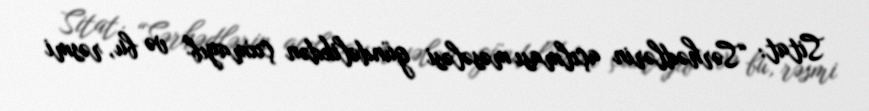
Sitat: “Sərhədlərin açılması məsələsi gündəlikdən çıxmayıb və bu, rəsmi